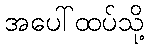
အပေါ်ထပ်သို့